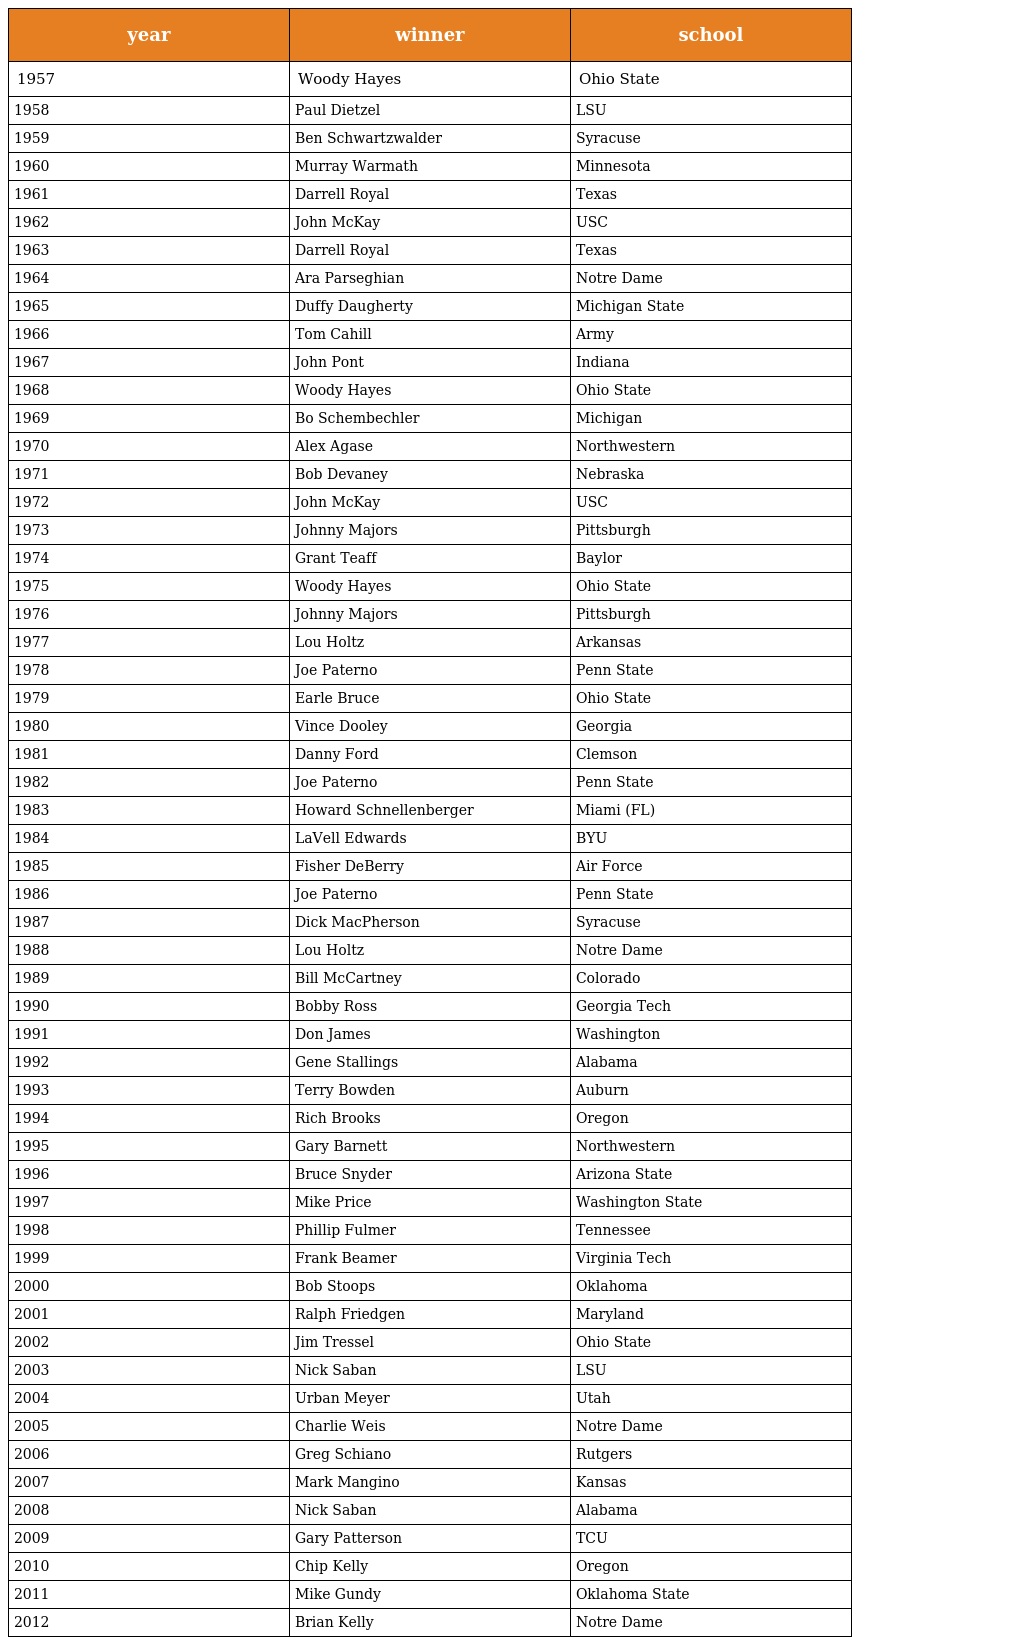
| year | winner | school |
 | --- | --- | --- |
 | 1957 | Woody Hayes | Ohio State |
 | 1958 | Paul Dietzel | LSU |
 | 1959 | Ben Schwartzwalder | Syracuse |
 | 1960 | Murray Warmath | Minnesota |
 | 1961 | Darrell Royal | Texas |
 | 1962 | John McKay | USC |
 | 1963 | Darrell Royal | Texas |
 | 1964 | Ara Parseghian | Notre Dame |
 | 1965 | Duffy Daugherty | Michigan State |
 | 1966 | Tom Cahill | Army |
 | 1967 | John Pont | Indiana |
 | 1968 | Woody Hayes | Ohio State |
 | 1969 | Bo Schembechler | Michigan |
 | 1970 | Alex Agase | Northwestern |
 | 1971 | Bob Devaney | Nebraska |
 | 1972 | John McKay | USC |
 | 1973 | Johnny Majors | Pittsburgh |
 | 1974 | Grant Teaff | Baylor |
 | 1975 | Woody Hayes | Ohio State |
 | 1976 | Johnny Majors | Pittsburgh |
 | 1977 | Lou Holtz | Arkansas |
 | 1978 | Joe Paterno | Penn State |
 | 1979 | Earle Bruce | Ohio State |
 | 1980 | Vince Dooley | Georgia |
 | 1981 | Danny Ford | Clemson |
 | 1982 | Joe Paterno | Penn State |
 | 1983 | Howard Schnellenberger | Miami (FL) |
 | 1984 | LaVell Edwards | BYU |
 | 1985 | Fisher DeBerry | Air Force |
 | 1986 | Joe Paterno | Penn State |
 | 1987 | Dick MacPherson | Syracuse |
 | 1988 | Lou Holtz | Notre Dame |
 | 1989 | Bill McCartney | Colorado |
 | 1990 | Bobby Ross | Georgia Tech |
 | 1991 | Don James | Washington |
 | 1992 | Gene Stallings | Alabama |
 | 1993 | Terry Bowden | Auburn |
 | 1994 | Rich Brooks | Oregon |
 | 1995 | Gary Barnett | Northwestern |
 | 1996 | Bruce Snyder | Arizona State |
 | 1997 | Mike Price | Washington State |
 | 1998 | Phillip Fulmer | Tennessee |
 | 1999 | Frank Beamer | Virginia Tech |
 | 2000 | Bob Stoops | Oklahoma |
 | 2001 | Ralph Friedgen | Maryland |
 | 2002 | Jim Tressel | Ohio State |
 | 2003 | Nick Saban | LSU |
 | 2004 | Urban Meyer | Utah |
 | 2005 | Charlie Weis | Notre Dame |
 | 2006 | Greg Schiano | Rutgers |
 | 2007 | Mark Mangino | Kansas |
 | 2008 | Nick Saban | Alabama |
 | 2009 | Gary Patterson | TCU |
 | 2010 | Chip Kelly | Oregon |
 | 2011 | Mike Gundy | Oklahoma State |
 | 2012 | Brian Kelly | Notre Dame |